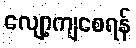
လျော့ကျစေရန်